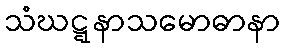
သံဃဋ္ဋနာသမောဓာနာ